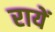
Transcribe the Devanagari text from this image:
रायें